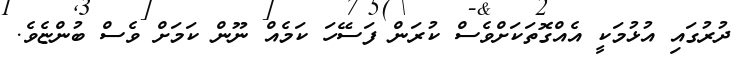
ދުރުގައި އުޅުމަކީ އެއްގޮތަކަށްވެސް ކުރަން ފަސޭހަ ކަމެއްް ނޫން ކަމަށް ވެސް ބުންޏެވެ.